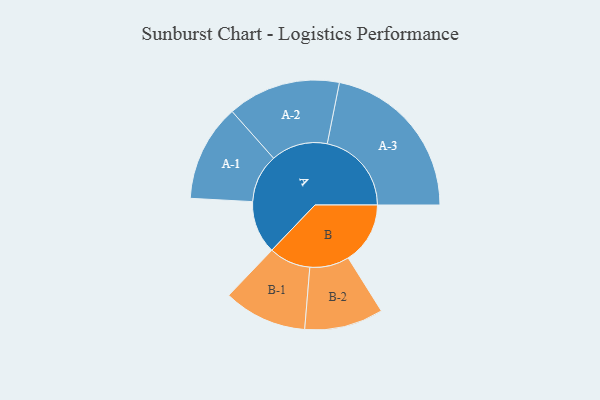
{"axis": {"x": "Segment", "y": "Value"}, "legend": ["", "A", "B"], "data": [{"x": "A", "y": 185, "type": ""}, {"x": "B", "y": 217, "type": ""}, {"x": "A-1", "y": 170, "type": "A"}, {"x": "A-2", "y": 198, "type": "A"}, {"x": "A-3", "y": 295, "type": "A"}, {"x": "B-1", "y": 146, "type": "B"}, {"x": "B-2", "y": 138, "type": "B"}]}